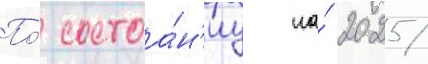
По́ состоа́н'иу на́ 2025